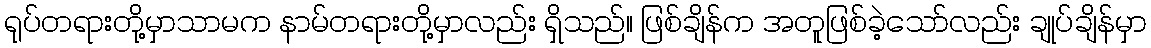
ရုပ်တရားတို့မှာသာမက နာမ်တရားတို့မှာလည်း ရှိသည်။ ဖြစ်ချိန်က အတူဖြစ်ခဲ့သော်လည်း ချုပ်ချိန်မှာ